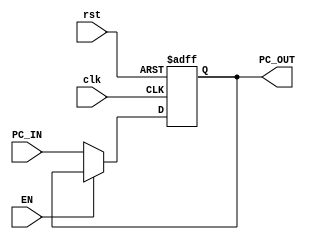
module PC(

input  [31:0] PC_IN,
input clk,
input rst,
input EN,
output reg [31:0] PC_OUT

);

always @(posedge clk , negedge rst ) begin
    
    if (rst==0)
        PC_OUT<=32'b0;
    else if (!EN)
    PC_OUT<=PC_IN;
    else
            PC_OUT<=PC_OUT;

end

endmodule